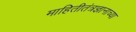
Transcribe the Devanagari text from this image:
माहितीतंत्रज्ञानाच्या